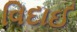
વિદાઈ